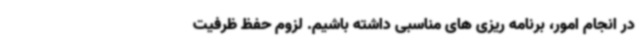
در انجام امور، برنامه ریزی های مناسبی داشته باشیم. لزوم حفظ ظرفیت